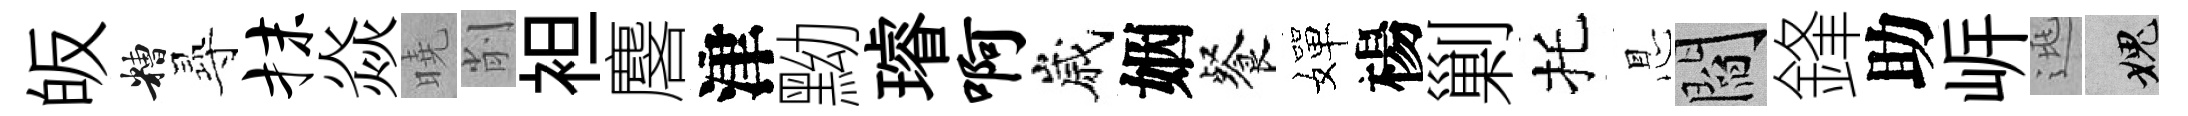
皈糟𡬶抹焱曉削袒麐津黝璿啊嵗姻餐嬋楊剿托㤙閻鋒助㟁逃愧